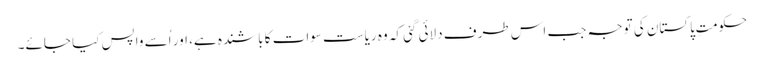
حکومتِ پاکستان کی توجہ جب اس طرف دلائی گئی کہ وہ ریاست سوات کا باشندہ ہے، اور اُسے واپس کیا جائے۔